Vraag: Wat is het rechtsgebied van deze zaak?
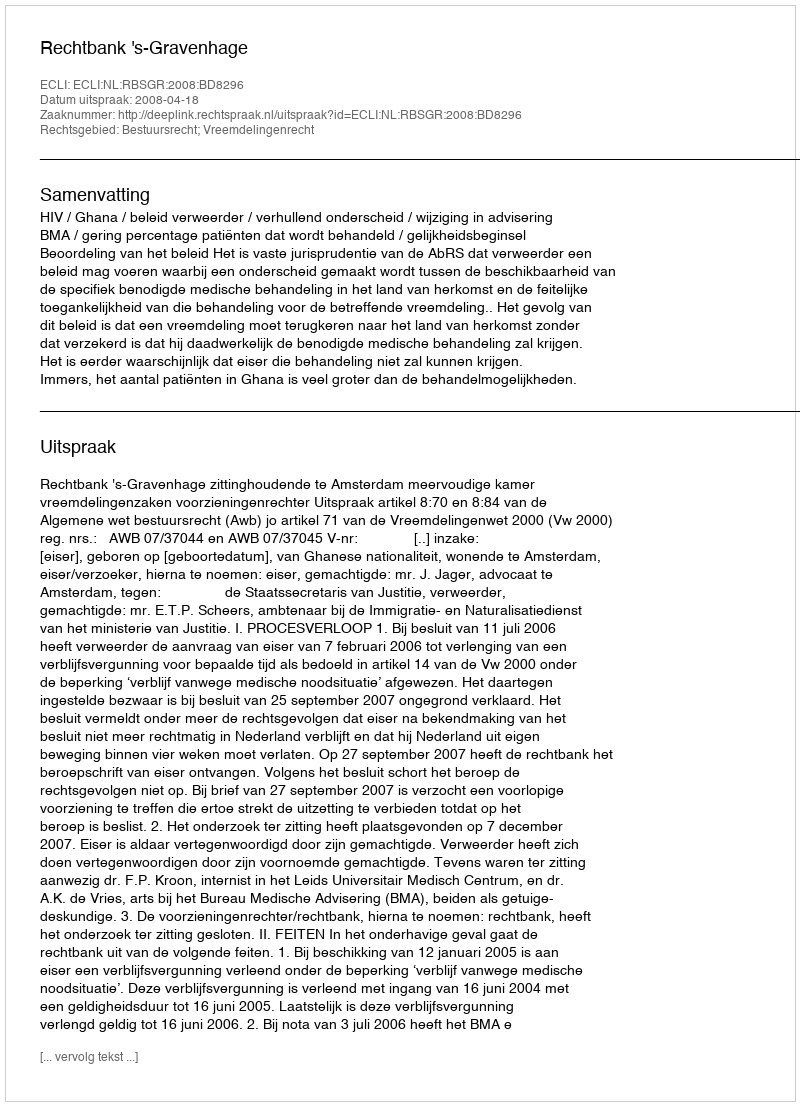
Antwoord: Bestuursrecht; Vreemdelingenrecht